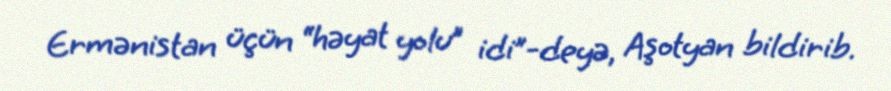
Ermənistan üçün “həyat yolu” idi”-deyə, Aşotyan bildirib.